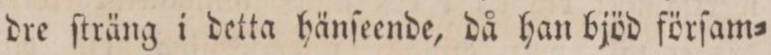
dre ſträng i detta hänſeende, då han bjöd förſam=